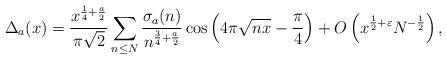
LaTeX: \begin{align*} \Delta_{a}(x) = \frac{x^{\frac14 +\frac{a}{2}}}{\pi\sqrt{2}}\sum_{n\leq N}\frac{\sigma_{a}(n)}{n^{\frac{3}{4}+\frac{a}{2}}}\cos\left(4\pi\sqrt{nx}-\frac{\pi}{4}\right)+ O\left(x^{\frac12 + \varepsilon}N^{-\frac12}\right), \end{align*}